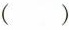
( )